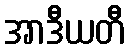
အာဒီယတီ